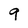
Character: 9